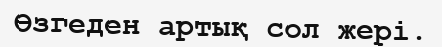
Өзгеден артық сол жері.